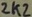
Text: 2k2